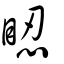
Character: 𥆾